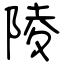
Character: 陵